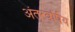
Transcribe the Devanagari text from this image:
अंतरवर्षिय